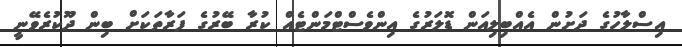
އިސްލާހުގެ ދަށުން އެއްބިލިއަން ޑޮލަރުގެ އިންވެސްޓްމަންޓެއް ކުރާ ބޭރުގެ ފަރާތަކަށް ބިން ދޫކުރެވޭނީ